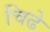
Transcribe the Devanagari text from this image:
चिढे